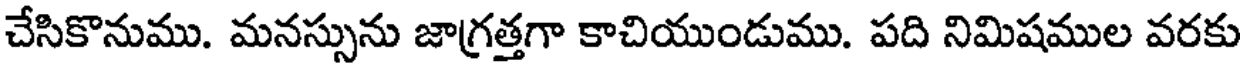
చేసికొనుము. మనస్సును జాగ్రత్తగా కాచియుండుము. పది నిమిషముల వరకు